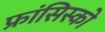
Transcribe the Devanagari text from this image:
फ्रांसिस्‍को